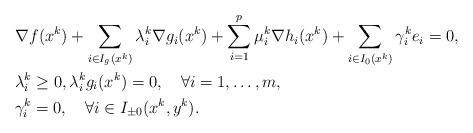
LaTeX: \begin{align*}&\nabla f(x^k) + \sum\limits_{i\in I_g(x^k)}\lambda_i^k\nabla g_i(x^k)+\sum\limits_{i=1}^p\mu_i^k\nabla h_i(x^k)+\sum\limits_{i\in I_0(x^k)}\gamma_i^ke_i=0,\\&\lambda_i^k\geq0,\lambda_i^kg_i(x^k)=0,\quad\forall i=1,\dots,m,\\&\gamma_i^k=0,\quad\forall i\in I_{\pm0}(x^k,y^k).\end{align*}